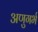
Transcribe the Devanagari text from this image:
अणुगर्भ